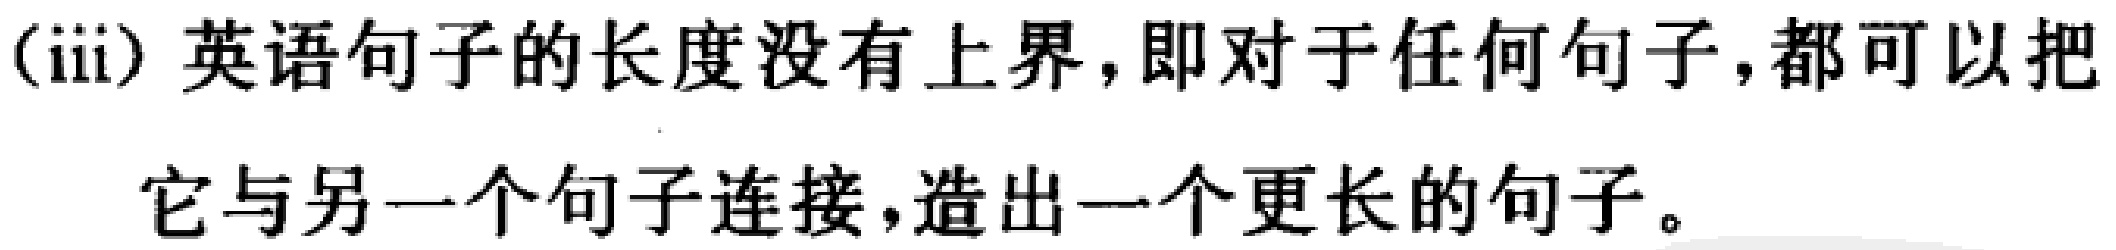
(iii) 英语句子的长度没有上界,即对于任何句子,都可以把它与另一个句子连接,造出一个更长的句子。